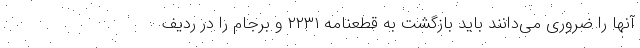
آنها را ضروری می‌دانند باید بازگشت به قطعنامه ۲۲۳۱ و برجام را در ردیف